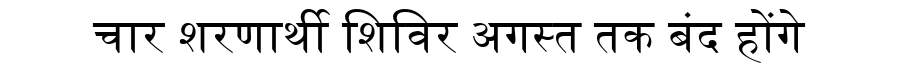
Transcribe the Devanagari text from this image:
चार शरणार्थी शिविर अगस्त तक बंद होंगे